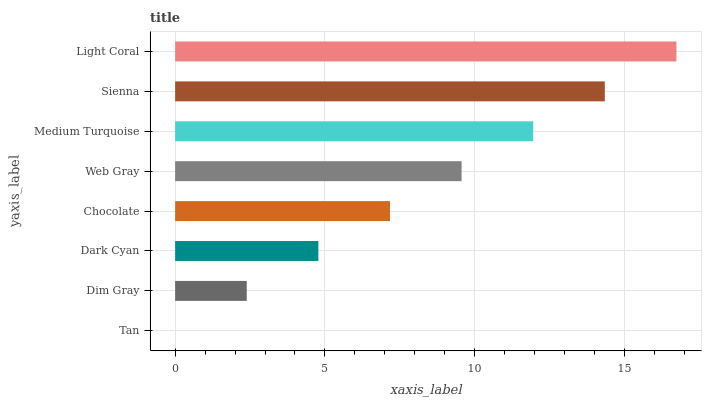
| yaxis_label | bars |
 | --- | --- |
 | Tan | 0 |
 | Dim Gray | 2.39 |
 | Dark Cyan | 4.78 |
 | Chocolate | 7.17 |
 | Web Gray | 9.56 |
 | Medium Turquoise | 12 |
 | Sienna | 14.3 |
 | Light Coral | 16.7 |